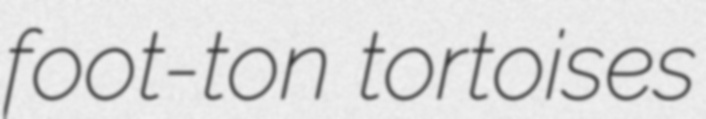
foot-ton tortoises